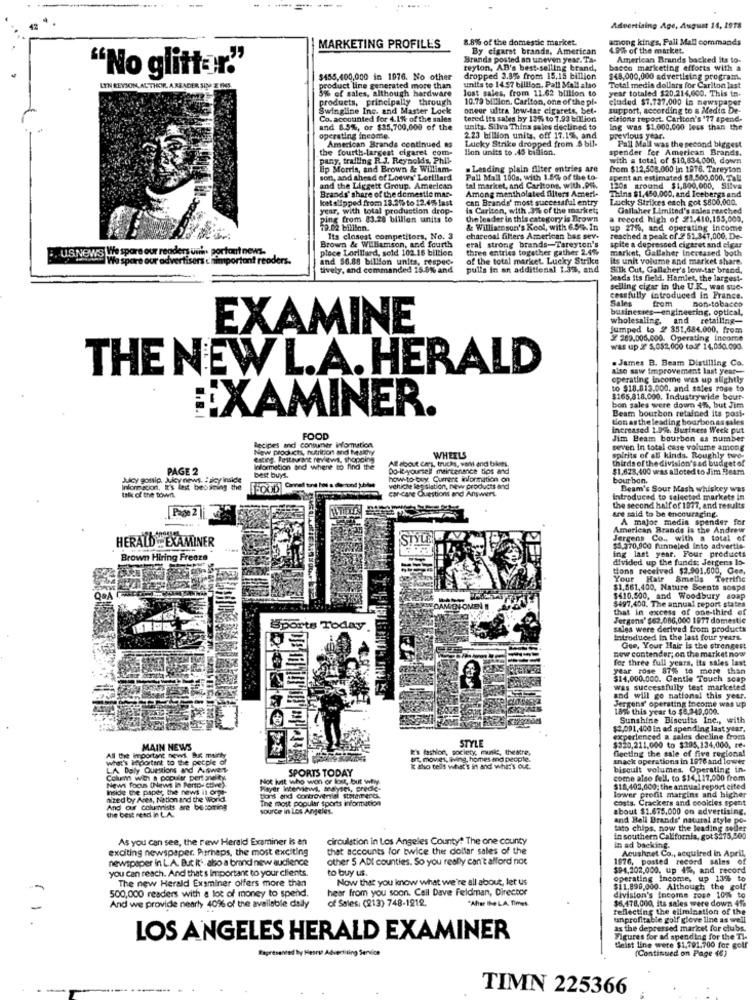
--
Advertising Age, August 14, 1978
8.8% of the domestic maricet.
among kings, Pall Mall commands
MARKETING PROFILES
By cigaret brands, American
4.9% of the market.
Brands posted an uneven year. Ta-
American Brands backed its to-
reyton, AB's best-selling brand,
bacco marketing efforts with a
"No glitter"
$455,400,000 in 1976. No other
dropped 3.8% from 15,15 billion
$48,000,000 advertising program.
LYN REYSON, ALTHOR, A READER SI20 2 165
5% of sales, although hardware
product line generated more than
units to 14 57 billion, Pall Mall also
lost sales, from 11.62 blilion to
Total media dollars for Carlton last
year totaled $20.214,000. This in-
products, principally through
10.79 billion. Carlton, one of the pf-
cluded $1.727,000 in newspaper
Swingline Inc. and Master Lock
oneor ultra low-tar cigarets, bet-
support, according to a Media De-
Co. accounted for 4.1%% of the sales
tered Its sales by 13%% to 7.93 billion
cisions report. Carlton's '77 spend-
and 8.5%, or $35,700,000 of the
units. Silva Thins sales declined to
Ing was $1.000.000 less than the
operating income.
2.23 billion units, off 17.1%, and
Lucky Strike dropped from $ bil-
previous year.
Pall Mall was the second biggest
the fourth-largest cigaret com-
American Brands continued RS
lion units to .45 billion.
spender for American Brands.
pany, trailing R.J. Reynolds, Phil-
with a total of $10,834,000, dowm
lip Morris, and Brown & William-
. Lending plain filter entries are
from $12,508.000 in 1916. Tareyton
son, and ahead of Loews' Lorillard
Pall Mall 100s, with 1.5% of the to-
spent an estimated $8.500.000, Tal
and the Liggett Group. American
Brands' share of the domestic mar-
tal market, and Carltons, with.99.
Among mentholated filters Ameri-
120s around $1,800,000, Sliva
Thins $1.450.000, and Icebergs and
ket slipped from 13.2%% to 12.4%% last
can Brands' most successful entry
Lucky Strikes esch got $800,000.
year, with total production drop-
is Cariton, with .3% of the market;
Gallaher Limited's sales reached
ping from 83.28 billion units to
the leader in this category is Brown
a record high of 21.410,155,000,
79.02 billion.
& Williaenson's Kool, with 6.55.In
up 27%%, and operating income
Brown & Williamson, and fourth
Its closest competitors, No. 3
charcoal filters American has sev.
reached a peak of 2 51,347,000, De-
spite a depressed cigaret and cigar
U.S.NEWS We spare our readers un'. portant news-
place Lorillard, seid 102.16 billion
eral strong brands-Tareyton's
three entries together gather 2.4%
market, Gallaher increased both
Wo spare our advertisers c'himportant readers.
and 56.88 billion units, respec-
of the total market. Lucky Strike
its unit volume and market share.
tively, and commanded 15.0% and
pulls in an additional 1.3%, and
Silk Cut, Gallaher's low-tar brand.
-
Jeads Its field. Hamlet, the largest-
selling cigar in the U.K ., was sue-
cessfully introduced in France.
from
Don-tobacco
businesses-engineering, optical,
wholesaling, and retailing-
EXAMINE
Jumped to # 351,686.000, from
32 289.005.000. Operating Income
was up 2 5,052,000 todf 14,000.000.
. James B. Beam Distilling Co.
THE NEW L.A. HERALD
also saw improvement last year-
operating income was up slightly
to $18.813.000, and sales rose to
$165,818.000. Industrywide bour-
EXAMINER.
bon sales were doun 49%, but Jim
Beam bourbon retained its post-
tion as the leading bourbon as sales
increased 1.9%. Business Week put
Recipes and consumer information.
FOOD
Jim Beam bourbon as number
New products, nutrition and tesichy
seven in total case volume among
exting. Fetthrant reviews, shopping
All about cars, trucks, var and bioes
WHEELS
spirits of all kinds. Roughly two-
thirds of the division'sad budget of
PAGE 2
Ilormation and where to find the
best buys
Do Ityourself maintenance tips and
$1,623,400 was alloted to Jim Beam
Juicy gossip. Juicy news. Iicy inside
how to buy: Current information on
bourbon.
Information, It's last besaning the
car care Questions and Answers.
vehiche legislation, new products and
Beam's Sour Mash whiskey was
talk of the town.
introduced to selected markets in
Page 2
the second half of 1977, and results
are said to be encouraging.
A major media spender for
American Brands is the Andrew
STYLE
Jergens Co ., with a total of
HERALD : EXAMINER
ing last year. Four products
$5.370,000 funneled into advertie-
Brown Hiring Freeze
divided up the funds: Jergens lo-
tions received $2.901.600, Cee,
Your Hair Smells Terrific
$1,661,400, Nature Scents sosps
$497,400. The annual report states
$410.500, and Woodbury soap
ADAMIBIOMEN
that in excess of one-third of
Jergens' $62.086,000 1977 domestic
Sports Today.
sales were derived from products
Introduced In the last four years.
new contender; on the market now
Gee, Your Hair is the strongest
for three full years, its sales last
year rose 87% to more than
$14,000,000. Gentle Touch scap
was successfully test marketed
and will go national this year.
Jergens' operating income was up
185% this year to $8,249,000.
Sunshine Biscuits Inc ., with
$2,091, 400 in ad spending last year.
STYLE
experienced a sales decline from
MAIN NEWS
It's fashlon, society, munis, theatre,
$320,211,000 to $295,134,000, re-
Gecting the sale of five regional
All the important news. Br mainly
what's lieportent to the pecple of
art. movies, living, homes ma people.
snack operations in 1976 and lower
LA Daly Questions and Answers
SPORTS TODAY
I &ho tels what's in and what's Que.
biscuit volumes. Operating in.
Column with a populer pertoneity
News foon (News In Pertp- ctive).
Not just who won or lost, but why.
come also fell, to $14,117,000 from
Inside the paper, the news il orgt-
Player Interviews, analyses, prede.
lower profit margins and higher
$18,402,000; the annual report cited
nized by Ares, Nation and the World
tions and controversial stopihitents.
The most popular sports information
costs. Crackers and cookies spent
And our columists are becoming
the best read in L.A.
source in Los Angeles.
about $1.675.000 on advertising.
and Bell Brands' natural style po-
tato chips, now the leading seller
As you can see, the rew Herald Examiner is an
circulation in Los Angeles County? The one county
in southern California, got $275,500
exciting newspaper. Perhaps, the most exciting
that accounts for twice the dollar sales of the
in ad backing.
Acushnet Co ., acquired in April,
newspaper in L. A. But it. also a brand new audience
other S ADI counties. So you really can't afford not
1976, posted record sales of
you Can reach. And that's Important to your clients.
to buy us.
$94,202,000, up 4%, and record
The new Herald Examiner offers more than
Now that you know what we're all about, let us
operating Income, up 13% to
hear from you soon. Call Dave feldman, Director
$11.898,000. Although the golf
500,000 readers with a lot of money to spend.
of Sales: (213) 748-1212.
'Ahier INeLA Times
division's Income ross 10% to
$6,478,000, Its sales were down 41%
And we provide nearly 40% of the available dally
reflecting the elimination of the
unprofitable golf glove line as well
as the depressed maricet for clubs.
LOS ANGELES HERALD EXAMINER
Figures for ad spending for the Ti-
fapresented by Hear Advertising Service
deist line were $1,791,700 for golf
(Continued on Page (6)
TIMN 225366